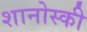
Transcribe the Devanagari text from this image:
शानोस्की